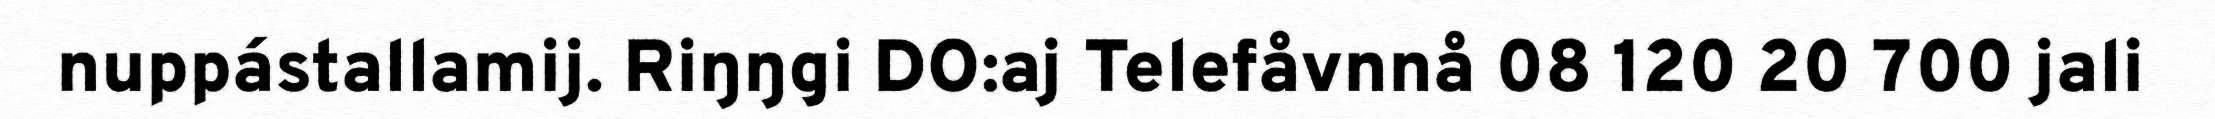
nuppástallamij. Riŋŋgi DO:aj Telefåvnnå 08 120 20 700 jali